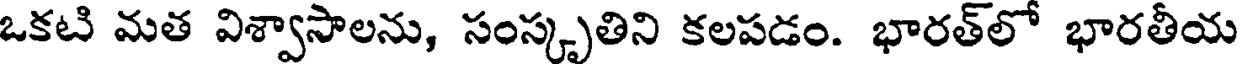
ఒకటి మత విశ్వాసాలను, సంస్కృతిని కలపడం. భారత్లో భారతీయ